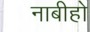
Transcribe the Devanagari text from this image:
नाबीहो